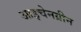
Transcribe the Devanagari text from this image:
आइचेनग्रीन